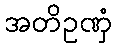
အတိဥဏှံ